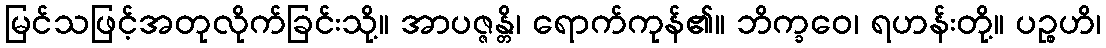
မြင်သဖြင့်အတုလိုက်ခြင်းသို့။ အာပဇ္ဇန္တိ၊ ရောက်ကုန်၏။ ဘိက္ခဝေ၊ ရဟန်းတို့။ ပဉ္စဟိ၊